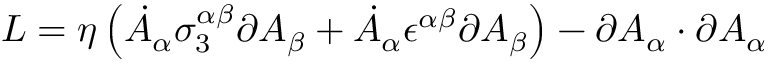
{ \cal L } = \eta \left( \dot { A } _ { \alpha } \sigma _ { 3 } ^ { \alpha \beta } \partial A _ { \beta } + \dot { A } _ { \alpha } \epsilon ^ { \alpha \beta } \partial A _ { \beta } \right) - \partial A _ { \alpha } \cdot \partial A _ { \alpha }